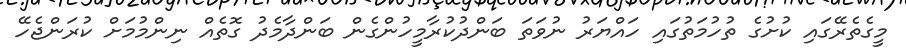
މީގެތެރޭގައި ކުށުގެ ތުހުމަތުގައި ހައްޔަރު ނުވަތަ ބަންދުކުރާމީހުންގެން ބަންދާމެދު ގޮތެއް ނިންމުމަށް ކުރަންޖެހޭ